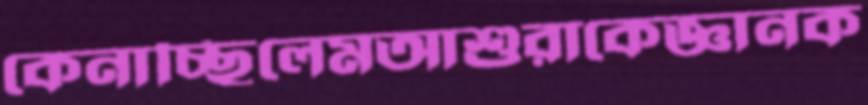
কেনাচ্ছিলেমআশুরাকেজ্ঞানক